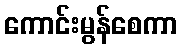
ကောင်းမွန်စေကာ